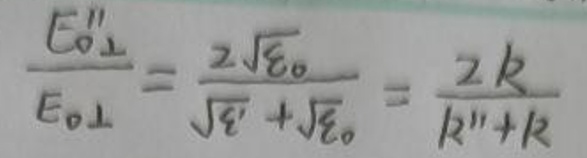
\frac{E_{0\perp}''}{E_{0\perp}}=\frac{2\sqrt{\varepsilon_0}}{\sqrt{\varepsilon'}+\sqrt{\varepsilon_0}}=\frac{2k}{k'' + k}